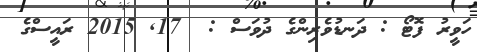
ހަވީރު ފޮޓޯ : ދަނޑުވެރިންގެ ދުވަސް :  17